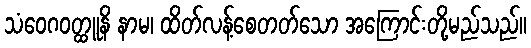
သံဝေဂဝတ္ထူနိ နာမ၊ ထိတ်လန့်စေတတ်သော အကြောင်းတို့မည်သည်။